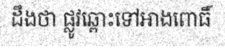
ដឹងថា ផ្លូវឆ្ពោះទៅអាងពោធិ៍